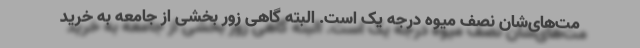
مت‌های‌شان نصف میوه درجه یک است. البته گاهی زور بخشی از جامعه به خرید